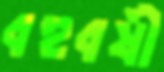
বহুবর্ষী